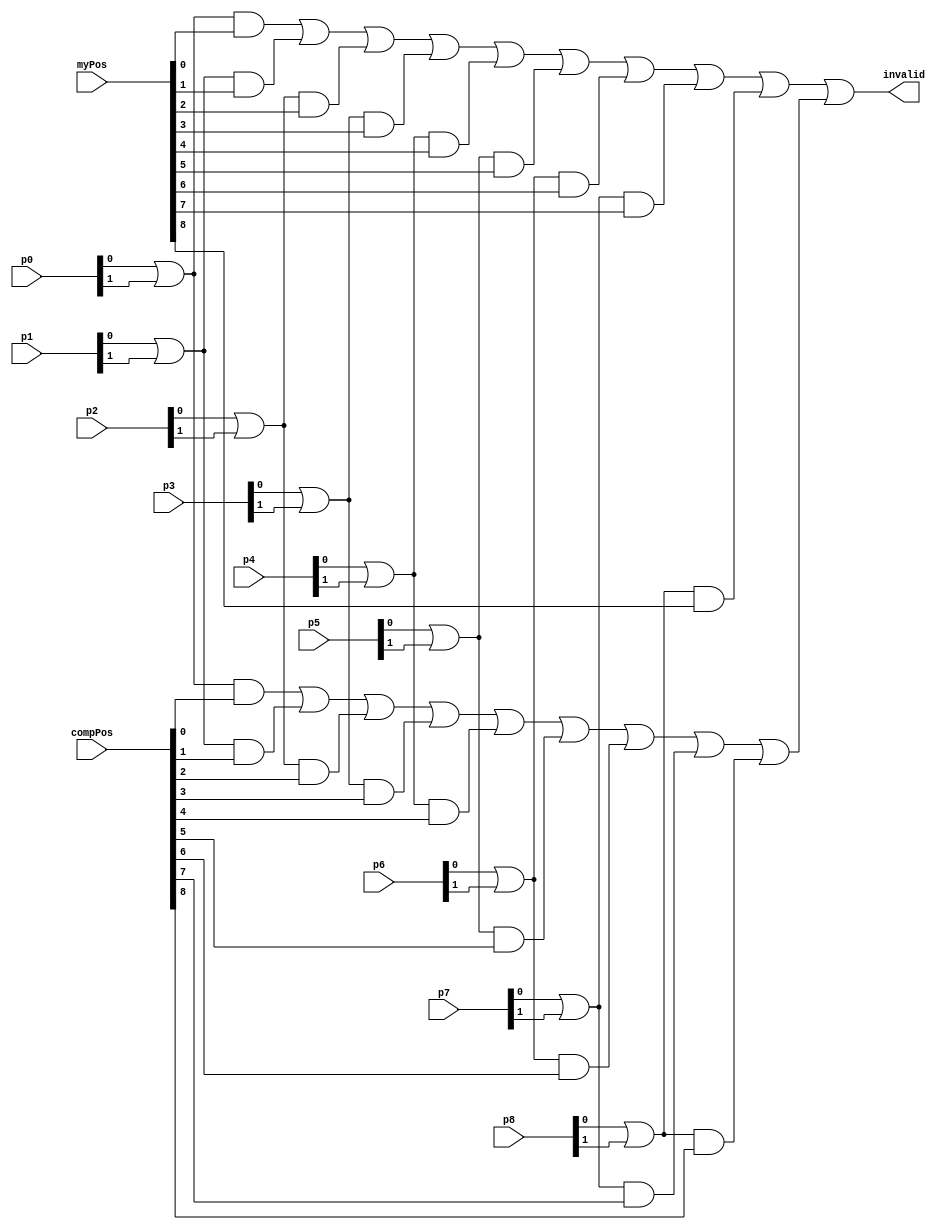
module InvalidDetector_(
                          	input [1:0]p0,p1, p2, p3, p4, p5, p6, p7, p8,
                          	input [8:0] compPos, myPos,
                          	output wire invalid                   	 
                    	);
                       	 
    	wire [8:0] a;
    	wire [8:0] b;   	 
    	wire A,B;
   	 
    	assign a[0]  = (	p0[0]    	|	p0[1]    	)	&	myPos[0]	;
    	assign a[1]  = (	p1[0]    	|	p1[1]    	)	&	myPos[1]	;
    	assign a[2]  = (	p2[0]    	|	p2[1]    	)	&   myPos[2]	;
    	assign a[3]  = (	p3[0]    	|	p3[1]    	)	&	myPos[3]	;
    	assign a[4]  = (	p4[0]    	|	p4[1]    	)	&	myPos[4]	;
    	assign a[5]  = (	p5[0]    	|	p5[1]    	)	&	myPos[5]	;
    	assign a[6]  = (	p6[0]    	|	p6[1]    	)	&	myPos[6]	;
    	assign a[7]  = (	p7[0]    	|	p7[1]    	)	&   myPos[7]	;
    	assign a[8]  = (	p8[0]    	|	p8[1]    	)	&	myPos[8]	;
   	 
    	assign b[0]  = (	p0[0]    	|	p0[1]    	)	&	compPos[0]	;
    	assign b[1]  = (	p1[0]    	|	p1[1]    	)	&	compPos[1]	;
    	assign b[2]  = (	p2[0]    	|	p2[1]    	)	&   compPos[2]	;
    	assign b[3]  = (	p3[0]    	|	p3[1]    	)	&	compPos[3]	;
    	assign b[4]  = (	p4[0]    	|	p4[1]    	)	&	compPos[4]	;
    	assign b[5]  = (	p5[0]    	|	p5[1]    	)	&	compPos[5]	;
    	assign b[6]  = (	p6[0]    	|	p6[1]    	)	&	compPos[6]	;
    	assign b[7]  = (	p7[0]    	|	p7[1]    	)	&   compPos[7]	;
    	assign b[8]  = (	p8[0]    	|	p8[1]    	)	&	compPos[8]	;
   	 
    	assign A= (a[0] 	| 	a[1]	|	a[2] 	| 	a[3]	|	a[4] 	| 	a[5]	|   a[6] 	| 	a[7]                         	|	a[8]	);
    	assign B= (b[0] 	| 	b[1]	|	b[2] 	| 	b[3]	|	b[4] 	| 	b[5]	|   b[6] 	| 	b[7]  	|	b[8]	);
   	 
    	assign invalid =A	|	B;
   	 
	endmodule